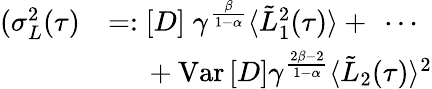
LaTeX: \begin{array}{rl}{(\sigma_{L}^{2}(\tau)}&{=:\left[D\right]\; \gamma^{\frac{\beta}{1-\alpha}}\langle\tilde{L}_{1}^{2}(\tau)\rangle+\ \cdots}\\ &{\quad\ +\mathrm{Var}\left[D\right]\gamma^{\frac{2\beta-2}{1-\alpha}}\langle\tilde{L}_{2}(\tau)\rangle^{2}}\end{array}